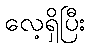
လေ့ရှိပြီး